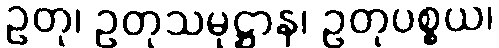
ဥတု၊ ဥတုသမုဋ္ဌာန၊ ဥတုပစ္စယ၊